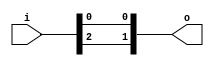
module bsg_concentrate_static_5
(
  i,
  o
);

  input [2:0] i;
  output [1:0] o;
  wire [1:0] o;
  assign o[1] = i[2];
  assign o[0] = i[0];

endmodule